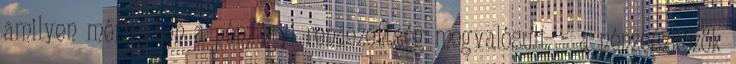
amilyen mértékben a pénzügyi rendezettség megvalósult. – a pénzeszközök